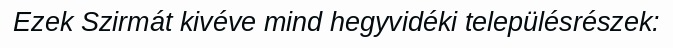
Ezek Szirmát kivéve mind hegyvidéki településrészek: